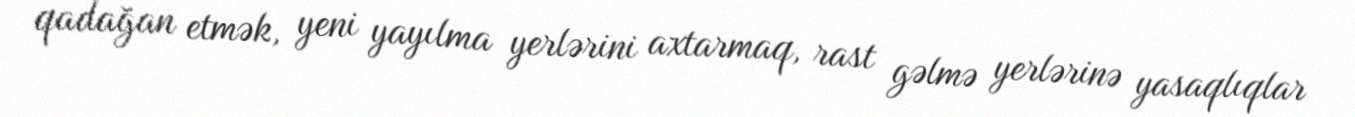
qadağan etmək, yeni yayılma yerlərini axtarmaq, rast gəlmə yerlərinə yasaqlıqlar